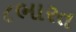
૮ભારત